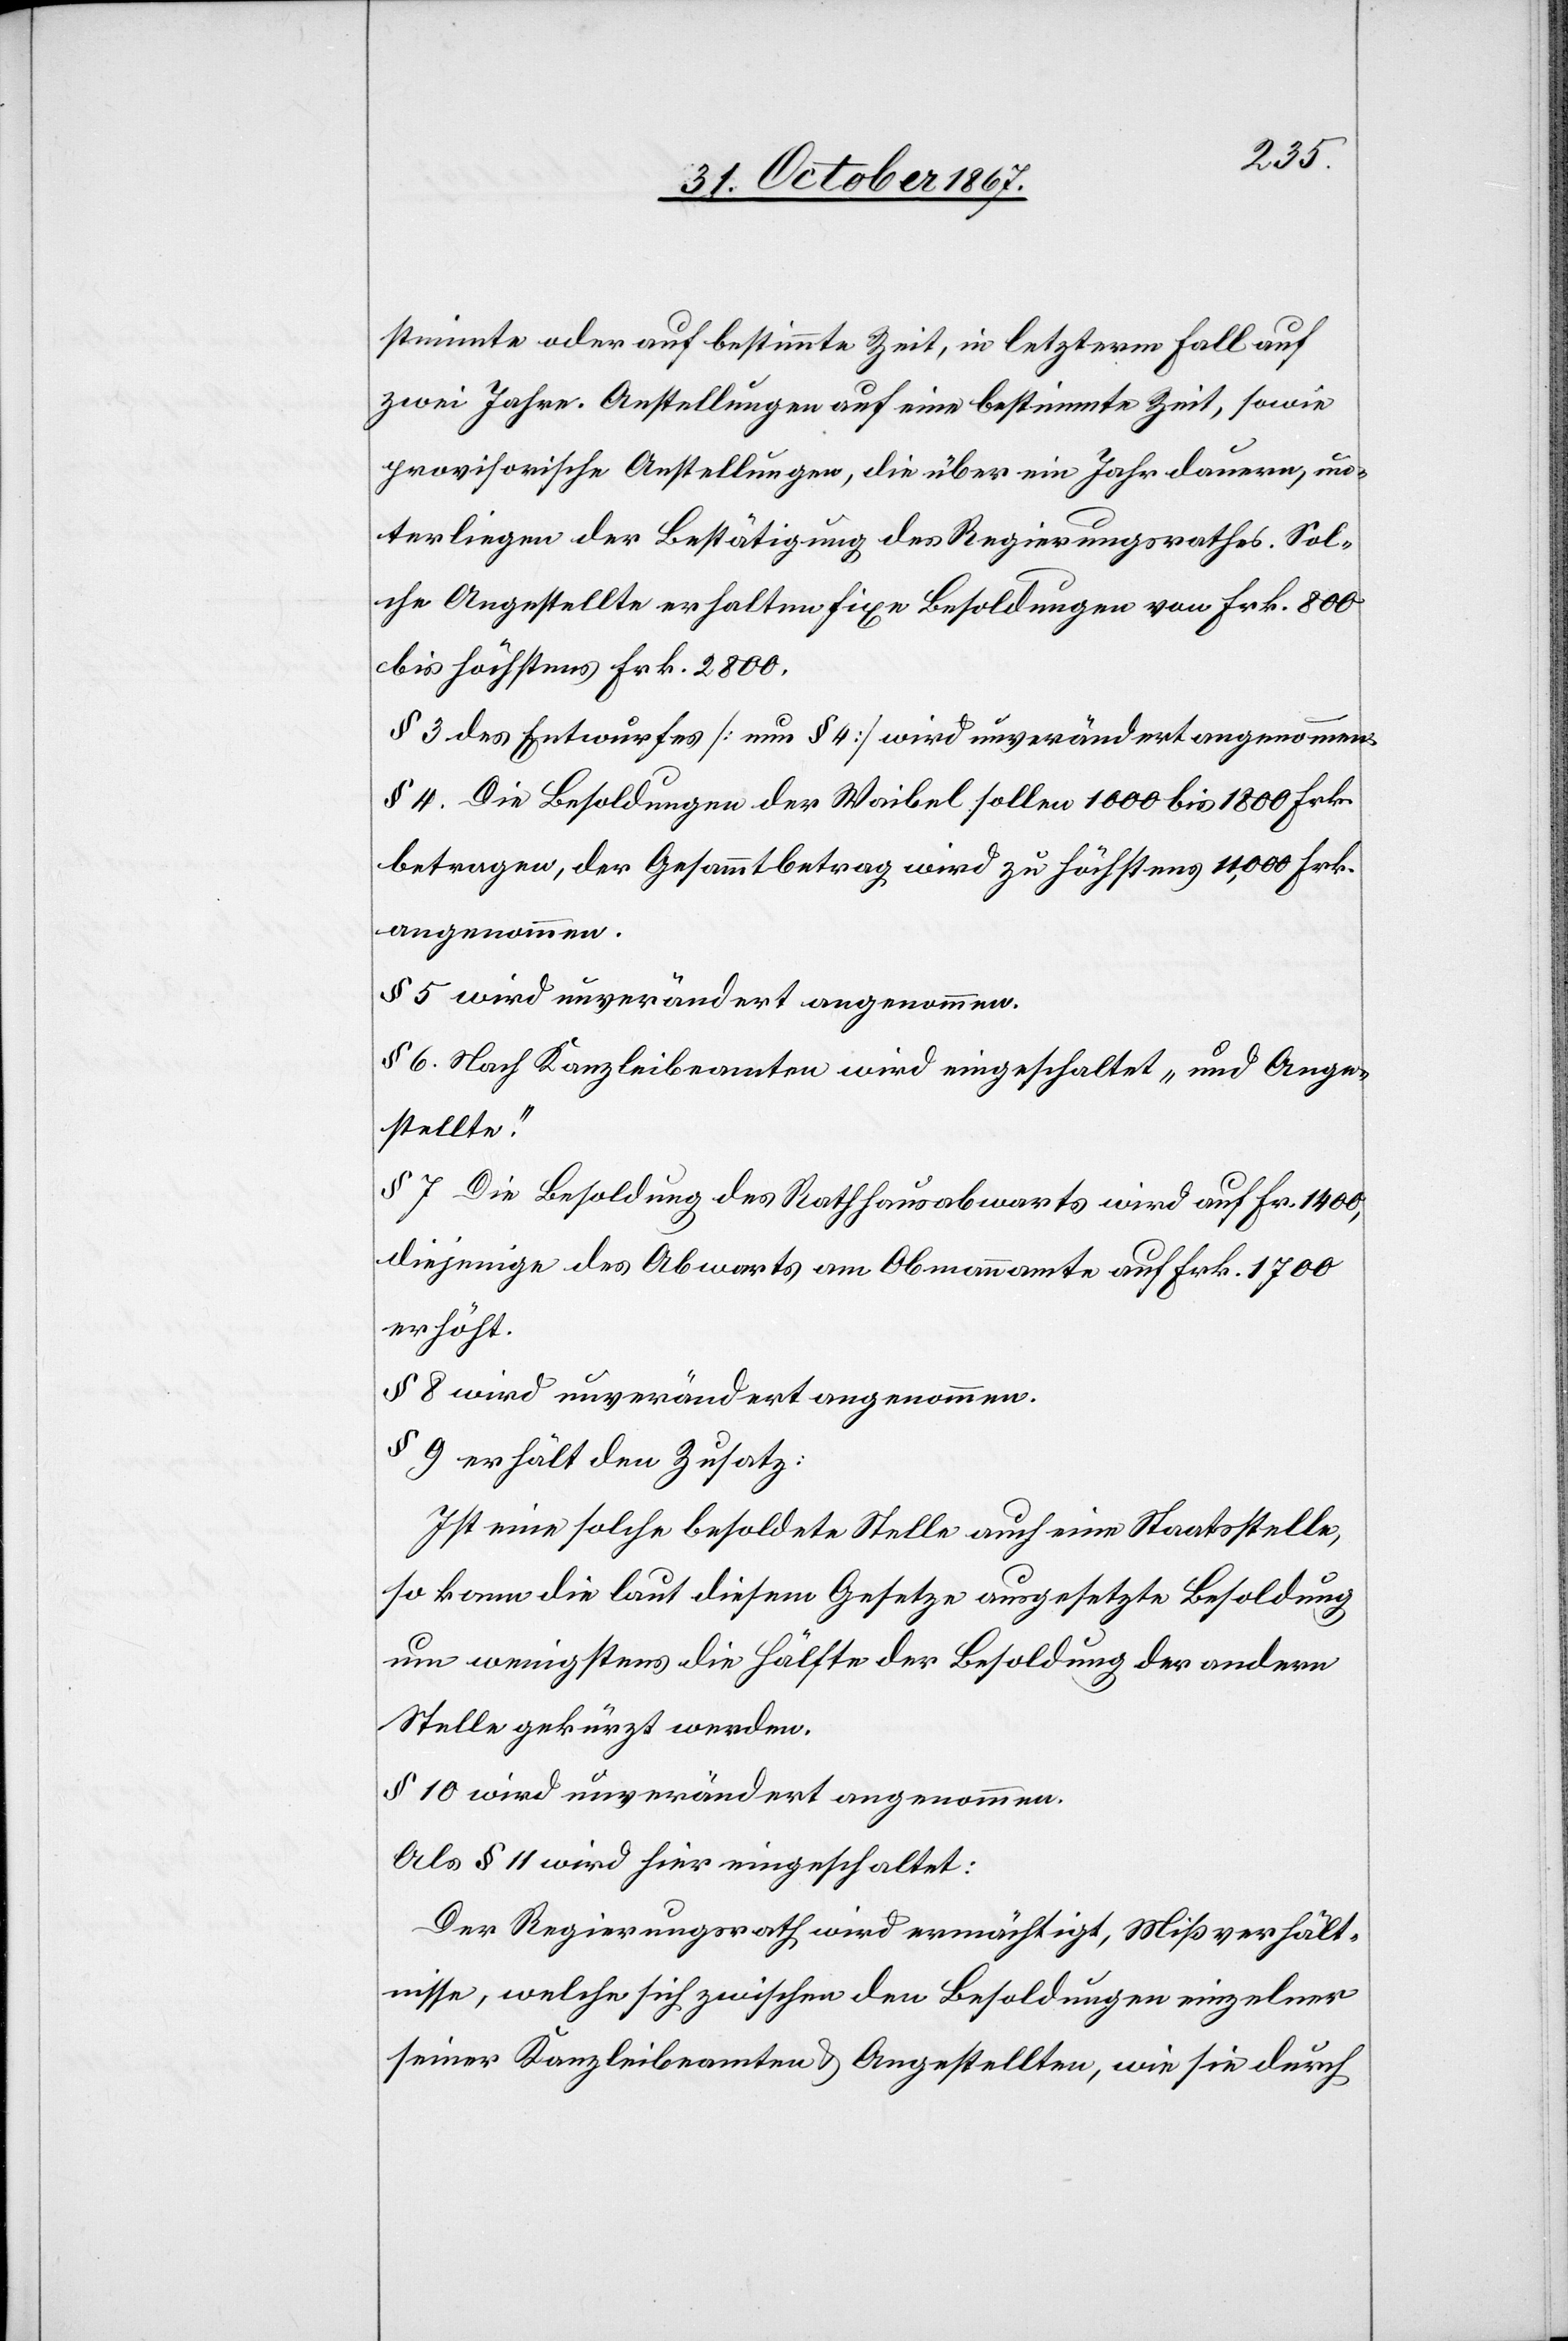
stimmte oder auf bestimmte Zeit, in letzterm Fall auf
zwei Jahre. Anstellungen auf eine bestimmte Zeit, sowie
provisorische Anstellungen, die über ein Jahr dauern, un¬
terliegen der Bestätigung des Regierungsrathes. Sol¬
che Angestellte erhalten fixe Besoldungen von Frk. 800
bis höchstens Frk. 2800.
§ 3 des Entwurfes [nun § 4] wird unverändert angenommen.
§ 4. Die Besoldungen der Waibel sollen 1000 bis 1800 Frk.
betragen, der Gesammtbetrag wird zu höchstens 11 000 Frk.
angenommen.
§ 5 wird unverändert angenommen.
§ 6. Nach Kanzleibeamten wird eingeschaltet „und Ange¬
stellte“.
§ 7. Die Besoldung des Rathhausabwarts wird auf Fr. 1400,
diejenige des Abwartes am Obmannamte auf Frk. 1799
erhöht.
§ 8 wird unverändert angenommen.
§ 9 erhält den Zusatz:
Ist eine solche besoldete Stelle auch eine Staatsstelle,
so kann die laut diesem Gesetze ausgesetzte Besoldung
um wenigstens die Hälfte der Besoldung der andern
Stelle gekürzt werden.
§ 10 wird unverändert angenommen.
Als § 11 wird hier eingeschaltet:
Der Regierungsrath wird ermächtigt, Mißverhält¬
nisse, welche sich zwischen den Besoldungen einzelner
seiner Kanzleibeamten u. Angestellten, wie sie durch